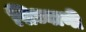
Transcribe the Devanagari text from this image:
सिध्वानी